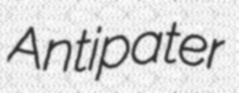
Antipater